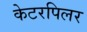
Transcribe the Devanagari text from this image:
केटरपिलर